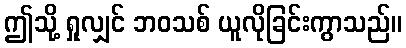
ဤသို့ ရှုလျှင် ဘဝသစ် ယူလိုခြင်းကွာသည်။